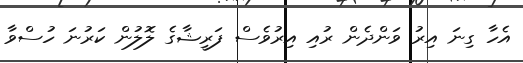
އެހާ ގިނަ އިރު ވަންދެން ރުއި އިރުވެސް ފަރީޝާގެ ލޮލުން ކަރުނަ ހުސްވާ